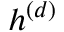
h ^ { ( d ) }